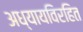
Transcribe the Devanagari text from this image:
अध्यायविरहित